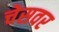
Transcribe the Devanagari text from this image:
चेसवर